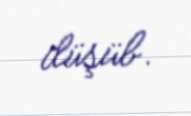
düşüb.